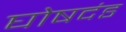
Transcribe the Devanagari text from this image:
घोषदंड